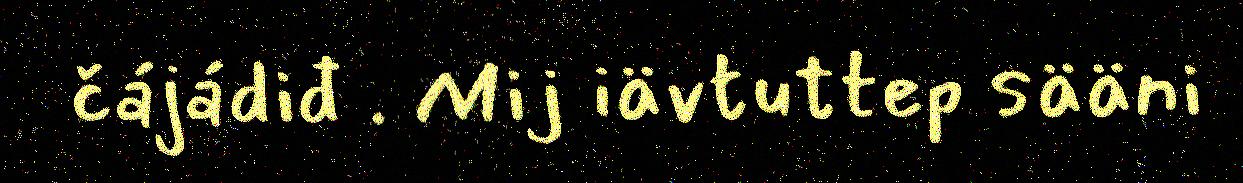
čájádiđ . Mij iävtuttep sääni